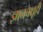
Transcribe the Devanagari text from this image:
ज्ञानचक्षूही